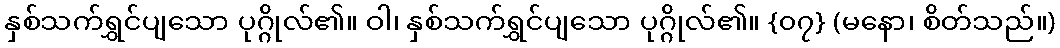
နှစ်သက်ရွှင်ပျသော ပုဂ္ဂိုလ်၏။ ဝါ၊ နှစ်သက်ရွှင်ပျသော ပုဂ္ဂိုလ်၏။ {၀၇} (မနော၊ စိတ်သည်။)